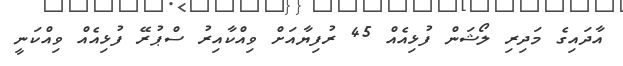
އާދައިގެ މަދިރި ލޯޝަން ފުޅިއެއް 45 ރުފިޔާއަށް ވިއްކާއިރު ސްޕުރޭ ފުޅިއެއް ވިއްކަނީ